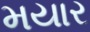
મયાર